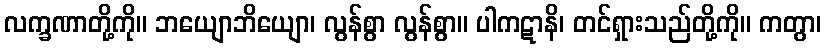
လက္ခဏာတို့ကို။ ဘယျောဘိယျော၊ လွန်စွာ လွန်စွာ။ ပါကဋာနိ၊ တင်ရှားသည်တို့ကို။ ကတွာ၊